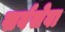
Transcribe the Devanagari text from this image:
सर्वसेवा